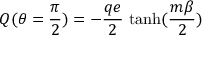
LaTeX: Q ( \theta = \frac { \pi } { 2 } ) = - \frac { q e } { 2 } \, \operatorname { t a n h } ( \frac { m \beta } { 2 } )